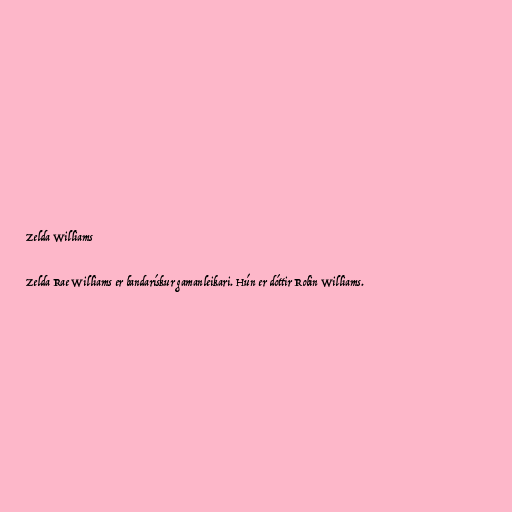
Zelda Williams

Zelda Rae Williams er bandarískur gamanleikari. Hún er dóttir Robin Williams.